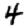
Digit: 4